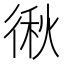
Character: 𭛻